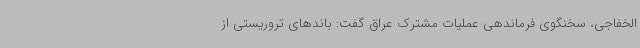
الخفاجی، سخنگوی فرماندهی عملیات مشترک عراق گفت: باندهای تروریستی از